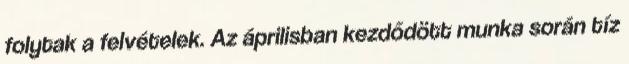
folytak a felvételek. Az áprilisban kezdődött munka során tíz